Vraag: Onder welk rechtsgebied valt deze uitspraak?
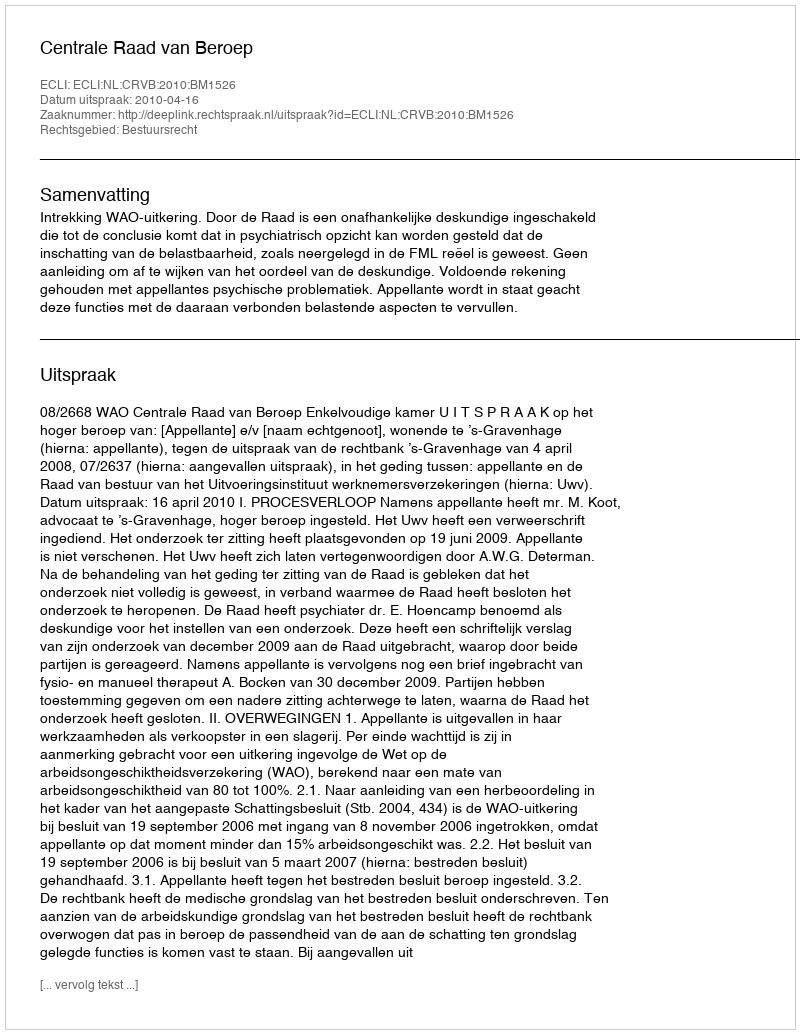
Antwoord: Bestuursrecht